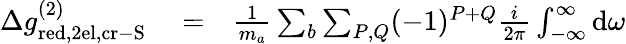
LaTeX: \begin{array}{rlr}{\Delta g_{\mathrm{red,2el,cr-S}}^{(2)}}&{{}=}&{\frac{1}{m_{a}}\sum_{b}\sum_{P,Q}(-1)^{P+Q}\frac{i}{2\pi}\int_{-\infty}^{\infty}\mathrm{d}\omega}\end{array}